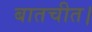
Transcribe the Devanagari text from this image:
बातचीत।